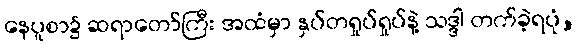
နေပူစာ၌ ဆရာတော်ကြီး အထံမှာ နှပ်တရှုပ်ရှုပ်နဲ့ သဒ္ဒါ တက်ခဲ့ရပုံ,